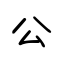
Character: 公